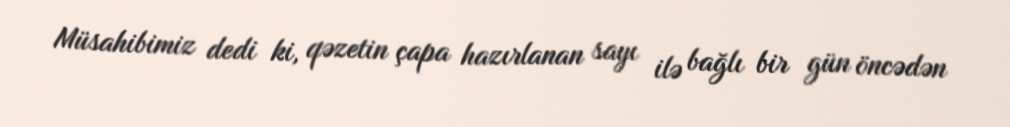
Müsahibimiz dedi ki, qəzetin çapa hazırlanan sayı ilə bağlı bir gün öncədən